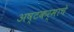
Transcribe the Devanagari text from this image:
अष्टकर्माचे